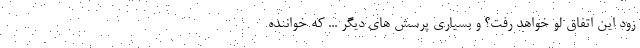
زود این اتفاق لو خواهد رفت؟ و بسیاری پرسش های دیگر ... که خواننده